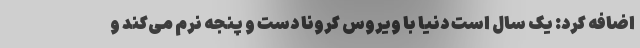
اضافه کرد: یک سال است دنیا با ویروس کرونا دست و پنجه نرم می‌کند و